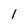
Character: 1